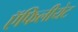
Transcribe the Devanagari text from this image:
ऍफिलीयेट